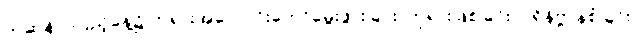
ကဆုန်လပြည့်နေ့၌ ဘုရားအလောင်းတော်မွေးဖွားခြင်း၊ ဘုရားဖြစ်ခြင်း၊ ပရိနိဗ္ဗာန်စံခြင်း၊